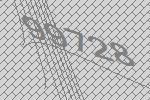
99728